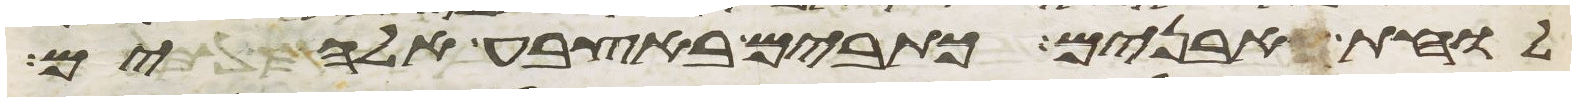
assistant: לוחת אבנים כתובים באצבע אלהים